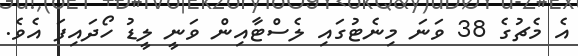
އެ މެޗުގެ 38 ވަނަ މިނެޓުގައި ލެސްޓާއިން ވަނީ ލީޑު ހޯދައިފަ އެވެ.